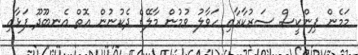
މަމެން ޕިންކީސް ސަރުކާރާއި ހަވާލު ވުމުން މާލޭގެ ދެކުނުން އޮތް އެނބޫދޫ ފަޅާއި